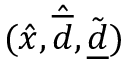
( \hat { x } , \hat { \overline { d } } , \tilde { \underline { d } } )